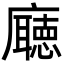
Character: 廰